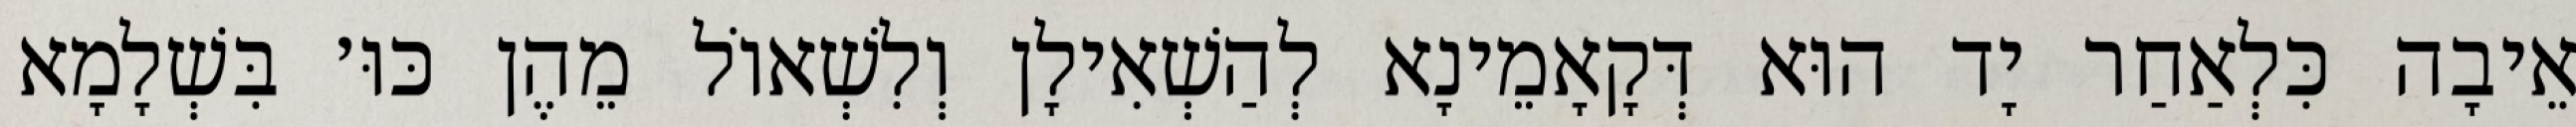
אֵיבָה כִּלְאַחַר יָד הוּא דְּקָאָמֵינָא לְהַשְׁאִילָן וְלִשְׁאוֹל מֵהֶן כּוּ׳ בִּשְׁלָמָא